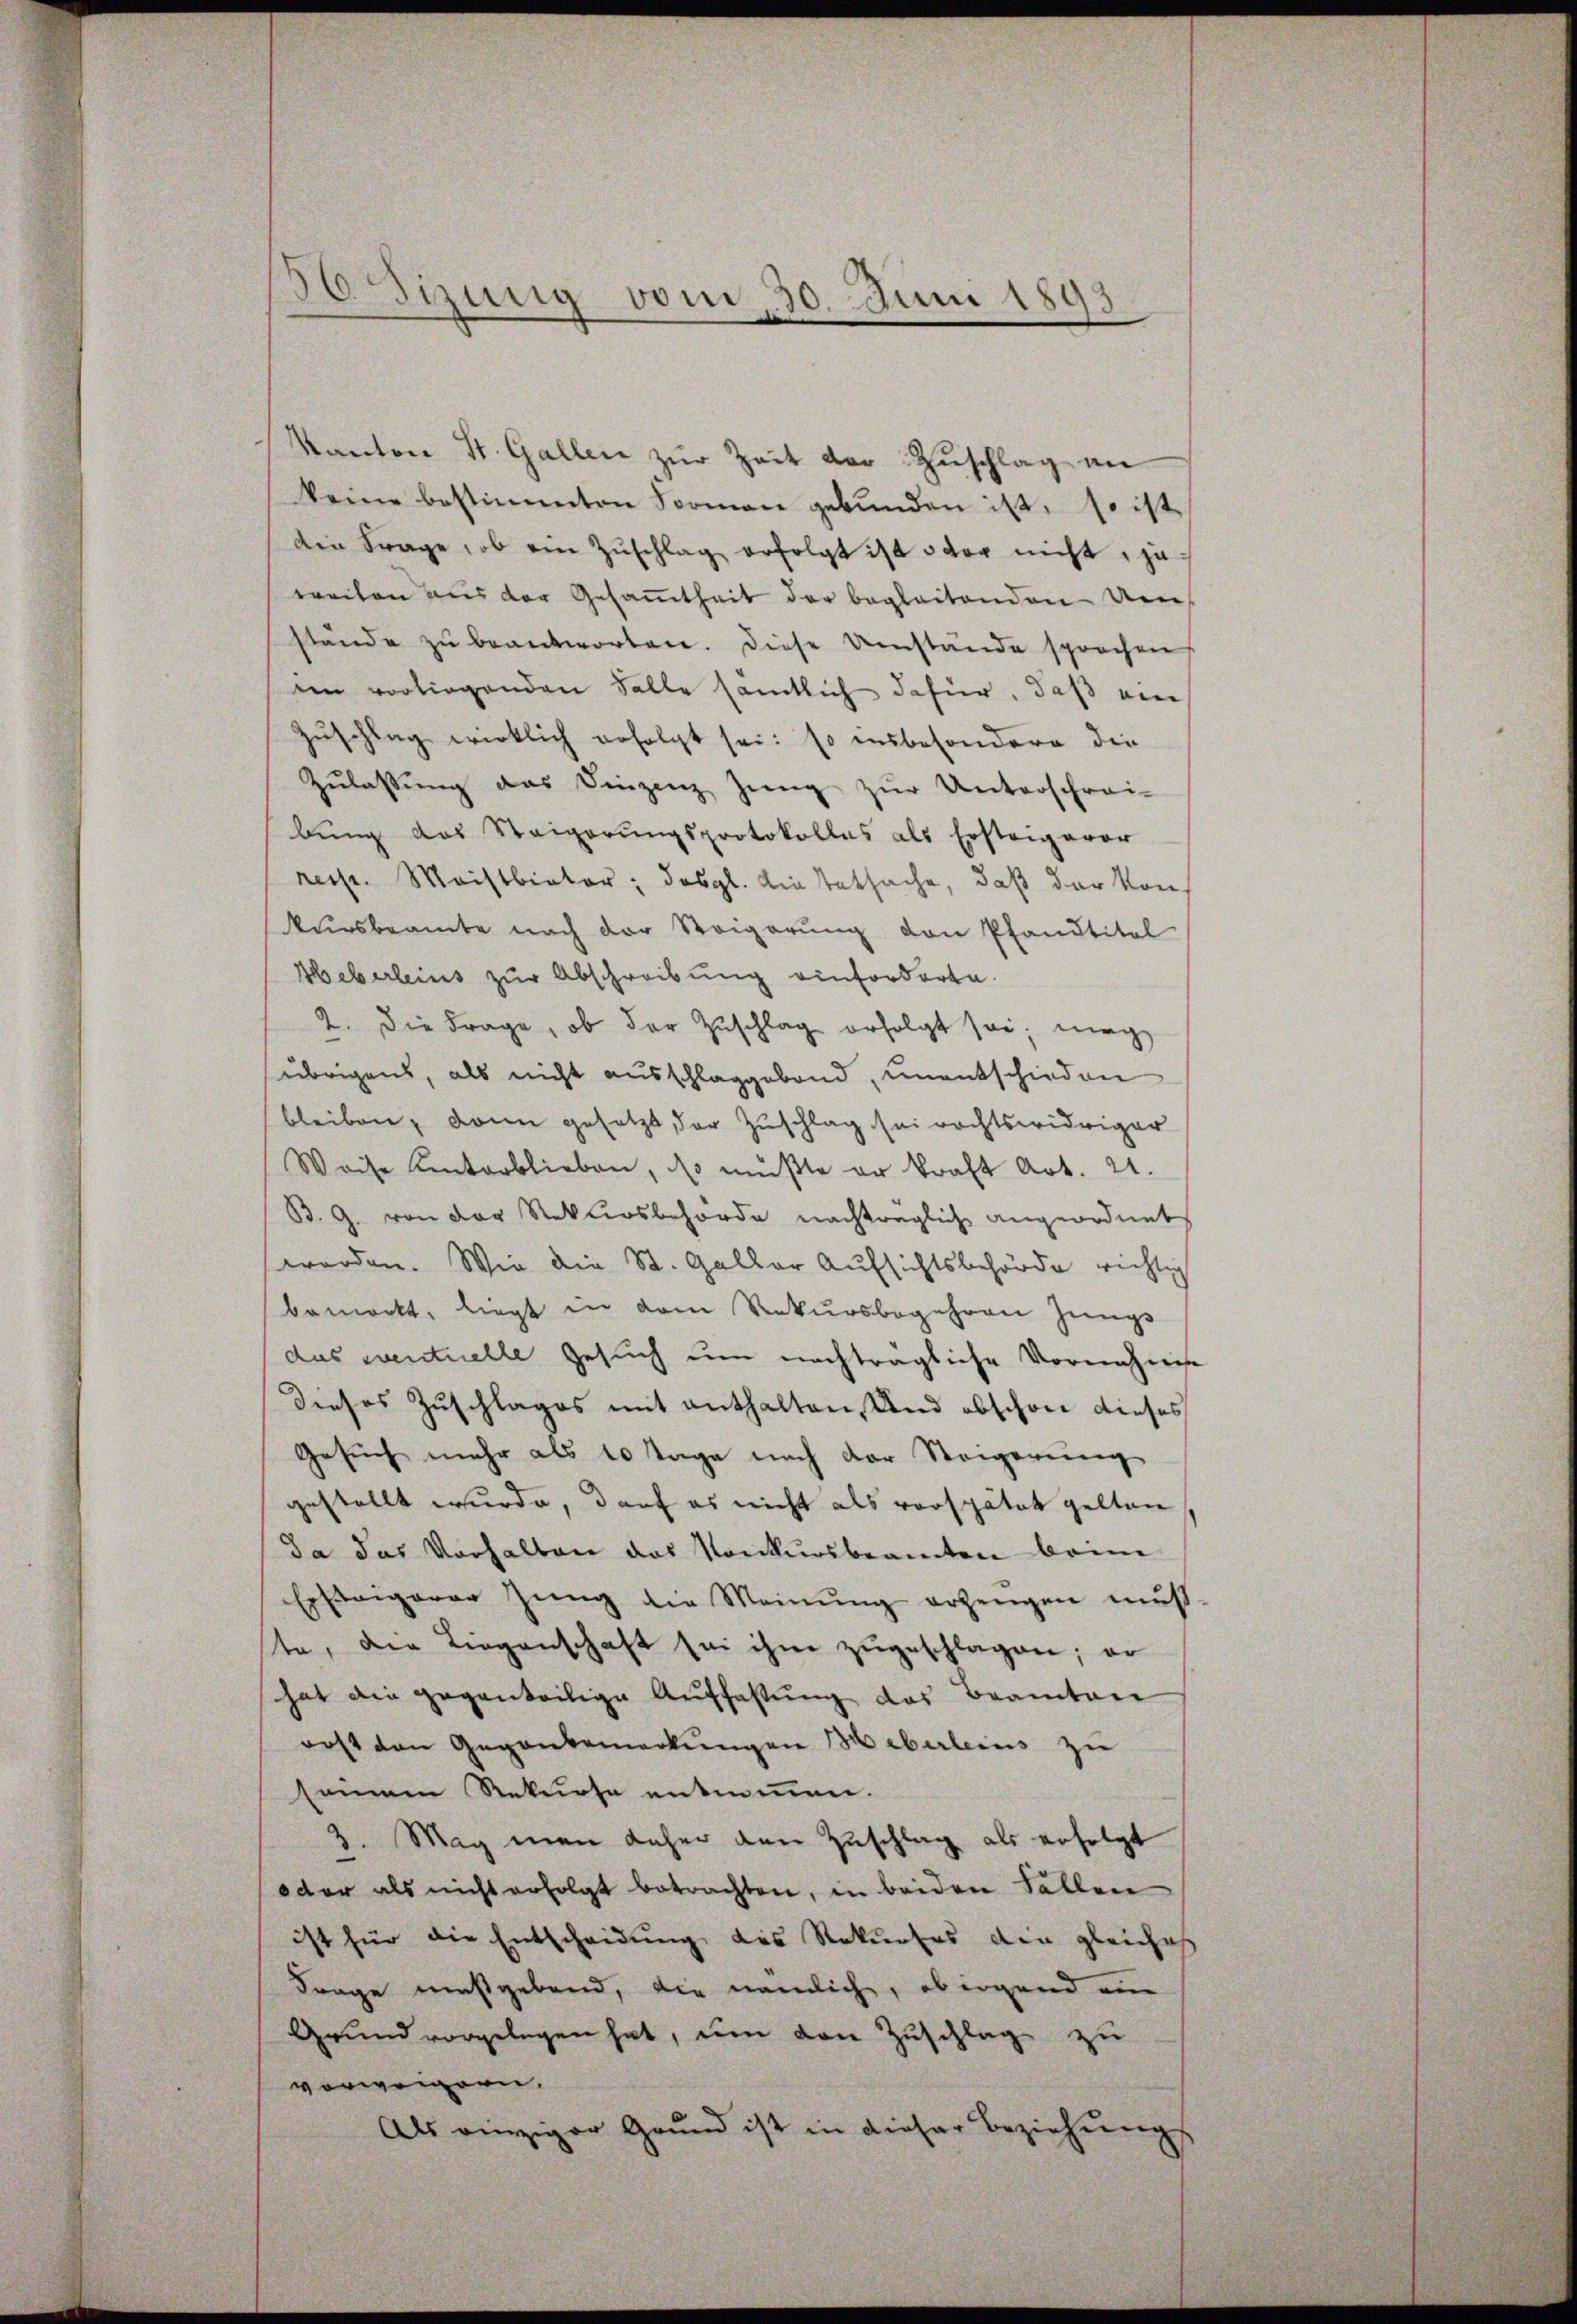
36 izung vom 30. Juni 1893

Kanton St. Gallen zŭr Zeit der Zuschlag an
keine bestimmten Formen gebŭnden ist, so ist
din Frage, ob ein Zŭschlag erfolgt ist oder nicht, ja
weilen aus der Gesamtheit der begleitenden Um
stände zŭ beantworten. Diese Umstände sprochen
em vorliegenden Falle sämtlich dafür, daß ein
Zuschlag wirklich erfolgt sei: so insbesondere die
Zŭlassŭng das Vinzenz Zŭng zŭr Unterschrei-
bŭng das Steigerŭngsprotokolles als Ersteigerer
nesst. Maistbieter; das gl. Liestatsache, daß der Konkursbeamte nach der Steigerŭng von Pfandtitel
Heberleins zur Abschreibung einforderte.
2. Die Frage, ob der Zuschlag erfolgt sei, mag
übrigens, als nicht ausschlaggebend, unentschieden
bleiben, dann gesetzt, der Zuschlag sei rechtswidriger
Weise hinterblieben, so müßte er kraft Art. 21.
B. G. von der Rekursbehörde nachträglich angeordnet
werden. Wie die St. Galler Aufsichtsbehörde richtig
bemerkt, liegt in dem Rekursbegehren jüngs
das eventuelle Gesuch um nachträgliche Vornehmige
dieses Zuschlages mit enthalten, Und obschon dieses
Gesuch mehr als 10 Tage nach der Steigerung
gestellt wurde, darf es nicht als verspätet gelten
Da das Verhalten das Konkursbeamten beim
Ersteigerer Zung die Meinung erzeugen muß.
te, die Liegenschaft sei ihm zŭgeschlagen; er
hat die geganteilige Auffassŭng des Beamten
rost den Gegenbemerkungen Heberleins zu
seinem Rekurse entnommen.
3. Mag man daher den Zuschlag als erfolgt
oder als nicht erfolgt betrachten, in beiden Fällen
ist für die Entscheidung des Rekurses den gleiche
Frage maßgebend, die nämlich, ob irgend ein
Grund vorgelegen hat, um den Zuschlag zu
vorweigern.
Als einziger Grund ist in dieser Beziehungs